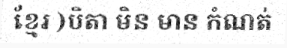
ខ្មែរ )បិតា មិន មាន កំណត់